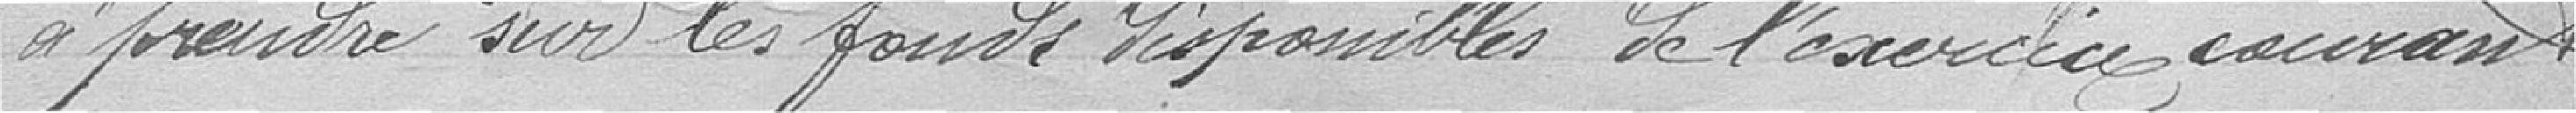
à prendre sur les fonds disponibles de l'exercice courant.